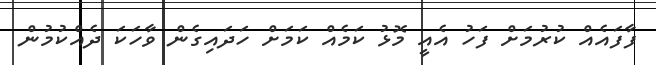
ފާފައެއް ކުރުމަށް ފަހު އެއީ މޮޅު ކަމެއް ކަމަށް ހަދައިގެން ވާހަކަ ދެއްކުމުން